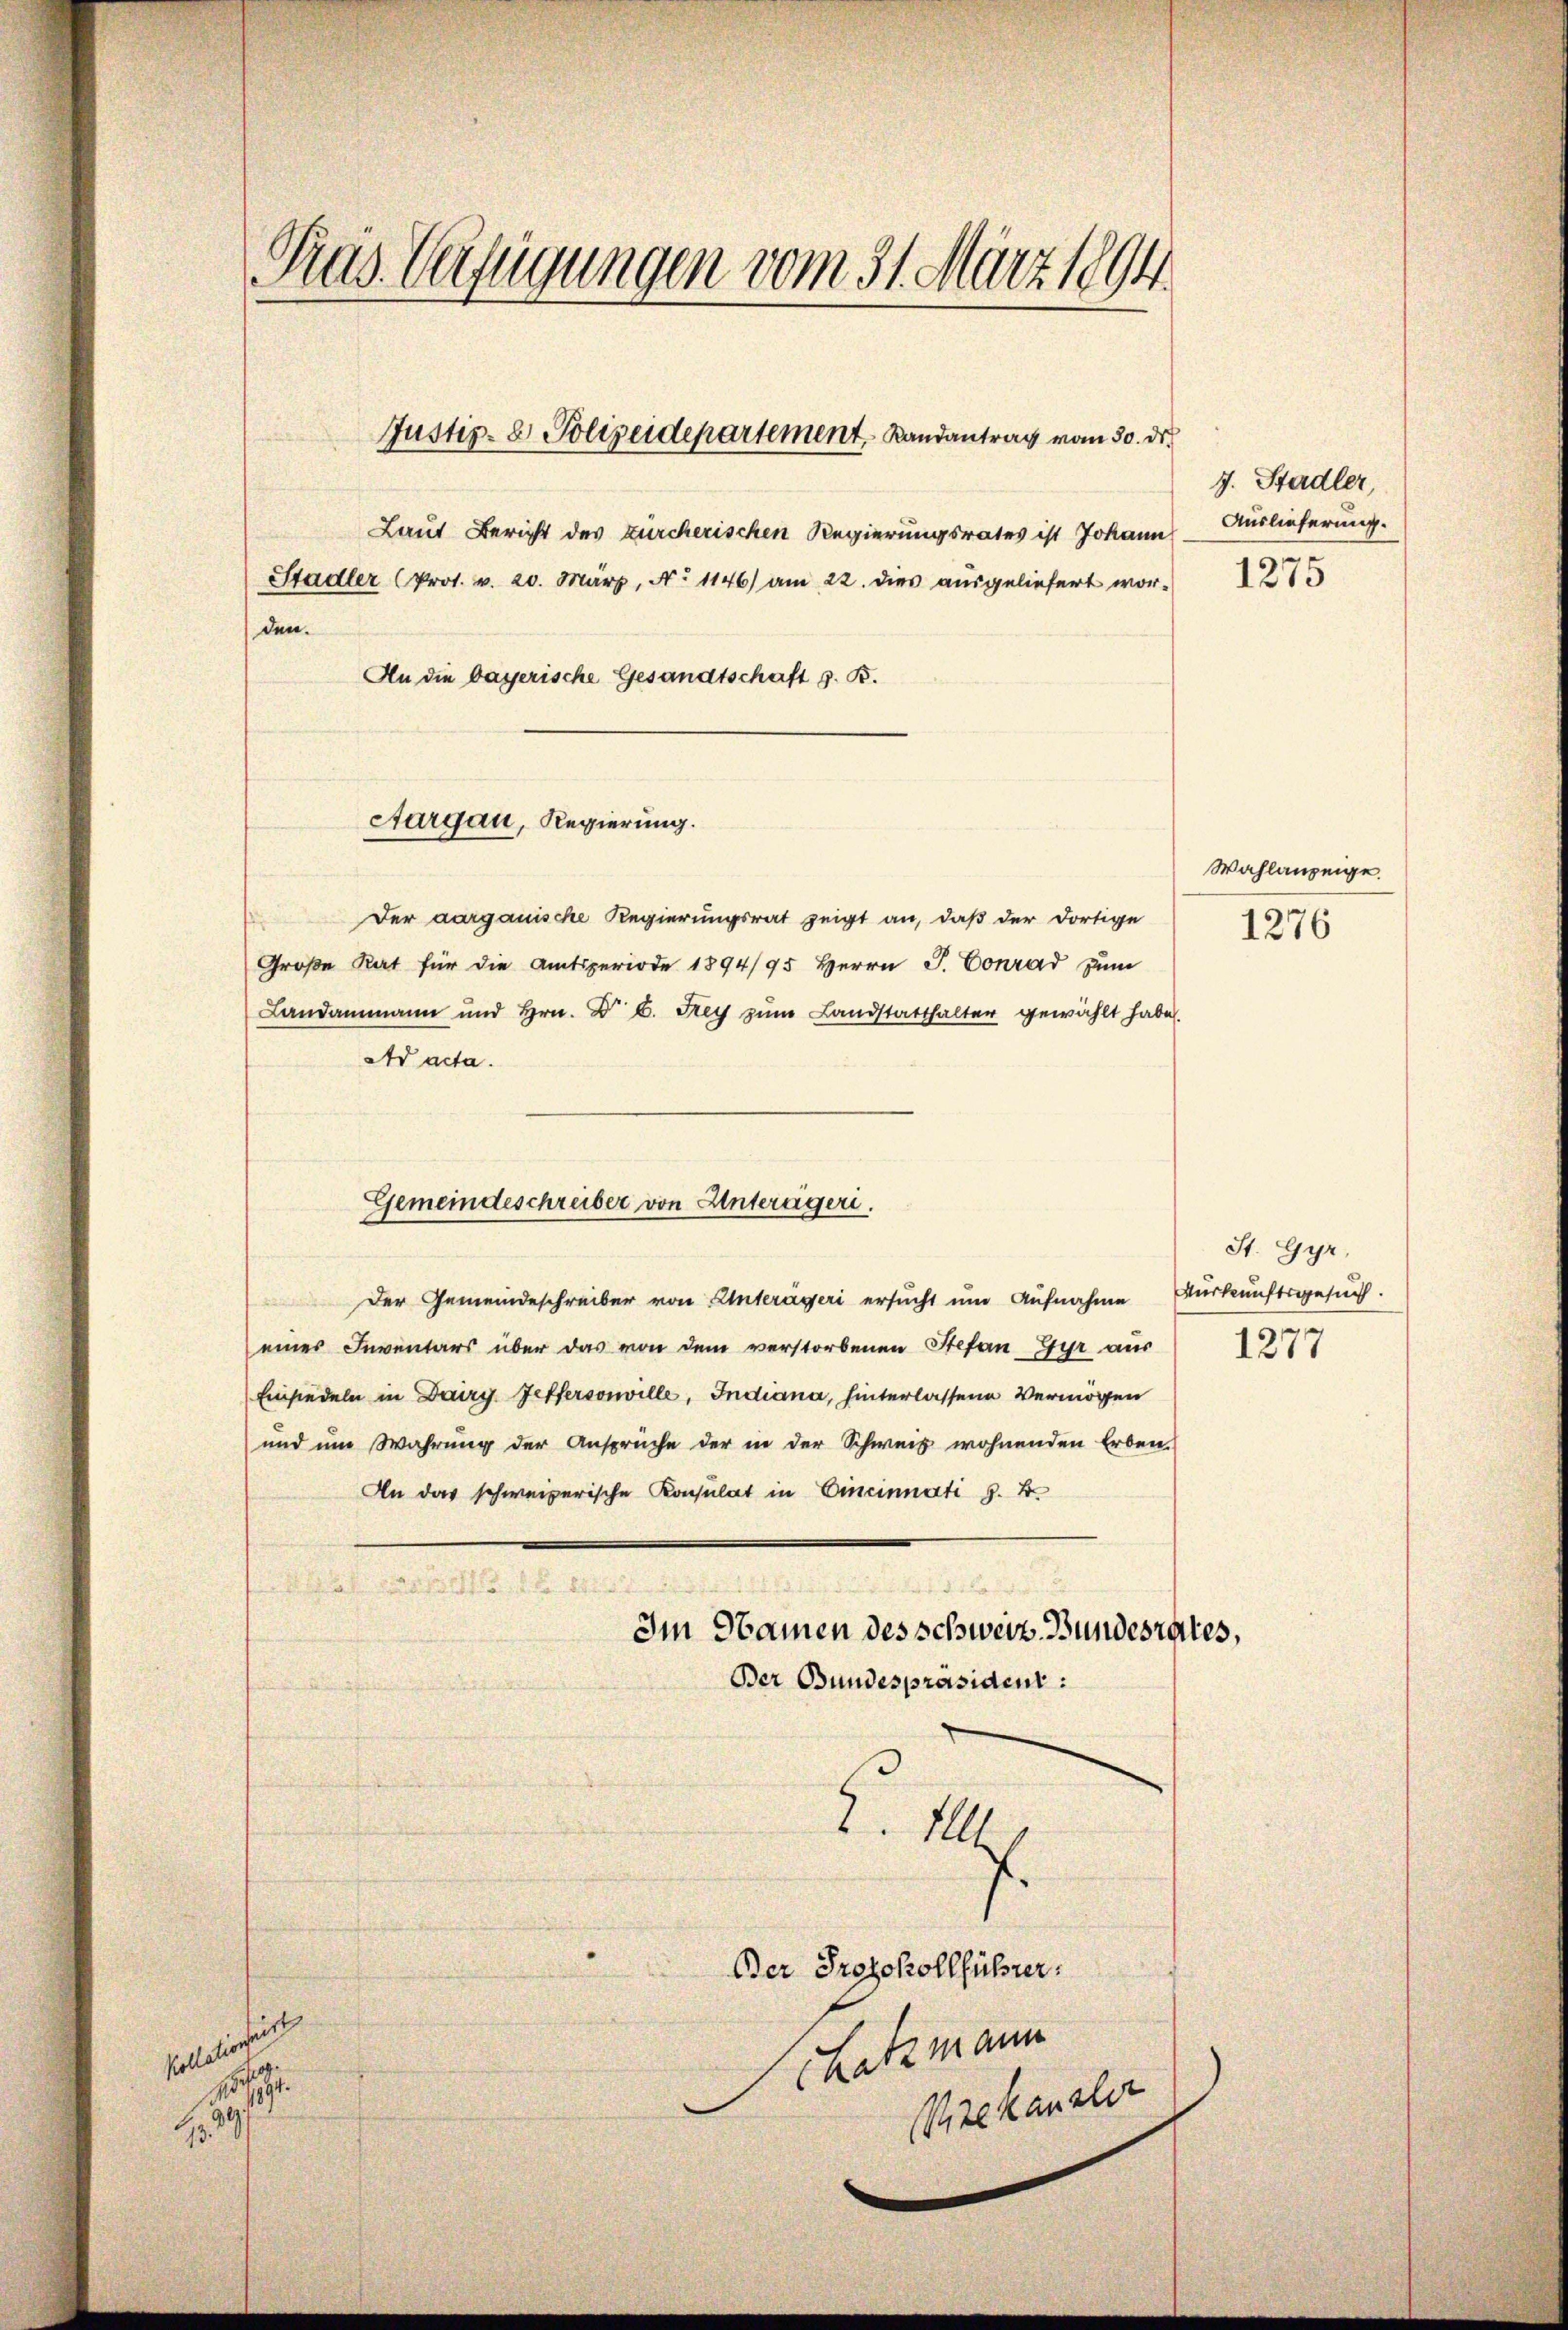
hallein unte
4
1891.
1
99
1.

Präs. Verfügungen vom 31. März 1894

den.

Justiz- & Polizeidepartement, Randantrag vom 30. d.

Laut Bericht des zürcherischen Regierungsrates ist Johann
Stadler (Prot. v. 20. März, No 1146) am 22. dies ausgeliefert wor¬
An die bayerische Gesandtschaft z. B.

Aargau, Regierung.

Gemeindeschreiber von Unterägeri.

Der aargauische Regierungsrat zeigt an, daß der dortige
Große Rat für die Amtsperiode 1894/95 Herrn J. Conrad zum
Landammann und Hrn. Dr. C. Frey zum Landstatthalter gewählt habe.
Ad acta.
Der Gemeindeschreiber von Unterägeri ersucht und Aufnahme
eines Inventars über das von dem verstorbenen Stefan Gyr aus 1877
Einsiedeln in Dairy feffersonville, Indiana, hinterlassene Vermögen
und ŭm Wahrŭng der Ansprüche der in der Schweiz wohnenden Erben-
An das schweizerische Konsulat in Cincinnati z. B.
12. d.
Im Namen des schweiz. Bundesrates,
Ber Bundespräsident:

2. 1104.
Der Protokollführer.
Schatzmann
Pisekanzler

7. Stadler,
Auslieferung.

Wahlanzeige.
1276

St. Gyr,
Auskunftsgesuch.

1275